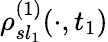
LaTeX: \rho_{sl_{1}}^{(1)}(\cdot,t_{1})